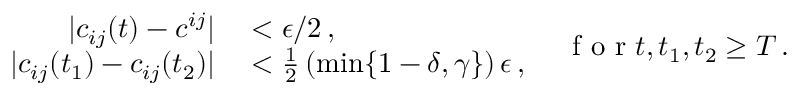
\begin{array} { r l } { | c _ { i j } ( t ) - c ^ { i j } | } & { { } < \epsilon / 2 \, , } \\ { | c _ { i j } ( t _ { 1 } ) - c _ { i j } ( t _ { 2 } ) | } & { { } < \frac { 1 } { 2 } \left( \operatorname* { m i n } \{ 1 - \delta , \gamma \} \right) \epsilon \, , } \end{array} \quad \! \mathrm { ~ f ~ o ~ r ~ } t , t _ { 1 } , t _ { 2 } \geq T \, .